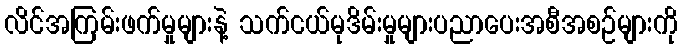
လိင်အကြမ်းဖက်မှုများနဲ့ သက်ငယ်မုဒိမ်းမှုများပညာပေးအစီအစဉ်များကို